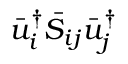
{ \bar { u } _ { i } ^ { \dag } { { \bar { S } } _ { i j } } \bar { u } _ { j } ^ { \dag } }